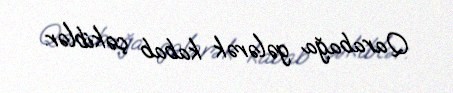
Qarabağa gələrək kabab çəkiblər.